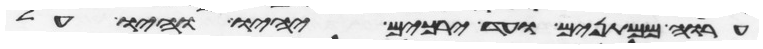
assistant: ערוה ממתנים ועד ירכים יהיו והיו על